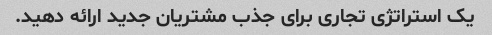
یک استراتژی تجاری برای جذب مشتریان جدید ارائه دهید.